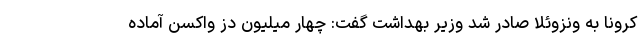
کرونا به ونزوئلا صادر شد وزیر بهداشت گفت: چهار میلیون دُز واکسن آماده